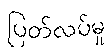
ပြတ်လပ်မှု